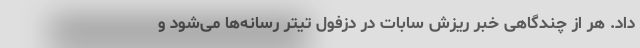
داد. هر از چندگاهی خبر ریزش سابات در دزفول تیتر رسانه‌ها می‌شود و